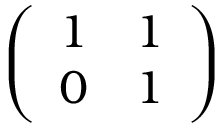
\left( \begin{array} { l l } { 1 } & { 1 } \\ { 0 } & { 1 } \end{array} \right)